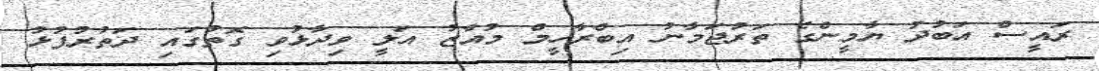
ރައީސް އަބުދު ޔާމީންގެ ތަރުޖަމާނު އިބްރާހީމް މުއާޒު އަލީ ވިދާޅުވި ގޮތުގައި ދަތުރުފުޅު